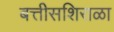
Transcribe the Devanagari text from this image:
बत्तीसशिराळा